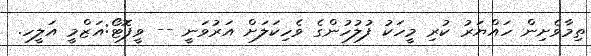
ތިމާވެށިން ހައްޔަރު ކުރި މީހަކު ފުލުހުންގެ ވެހިކަލަށް އަރުވަނީ -- ވީފޮޓޯ:އަޒްމީ އަލީހ.